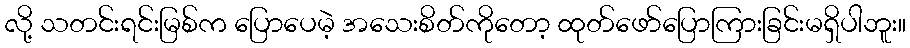
လို့ သတင်းရင်းမြစ်က ပြောပေမဲ့ အသေးစိတ်ကိုတော့ ထုတ်ဖော်ပြောကြားခြင်းမရှိပါဘူး။